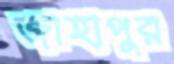
জাহাপুর